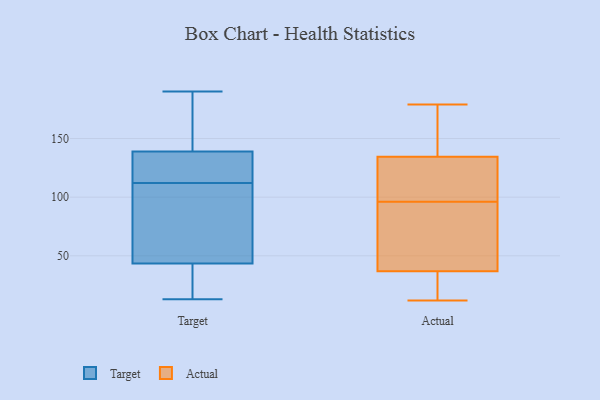
{"axis": {"x": "Website Visitors", "y": "Value"}, "legend": ["Actual", "Target"], "data": [{"x": "", "y": 43, "type": "Target"}, {"x": "", "y": 126, "type": "Target"}, {"x": "", "y": 13, "type": "Target"}, {"x": "", "y": 58, "type": "Target"}, {"x": "", "y": 42, "type": "Target"}, {"x": "", "y": 128, "type": "Target"}, {"x": "", "y": 88, "type": "Target"}, {"x": "", "y": 190, "type": "Target"}, {"x": "", "y": 112, "type": "Target"}, {"x": "", "y": 82, "type": "Target"}, {"x": "", "y": 132, "type": "Target"}, {"x": "", "y": 141, "type": "Target"}, {"x": "", "y": 190, "type": "Target"}, {"x": "", "y": 163, "type": "Target"}, {"x": "", "y": 168, "type": "Target"}, {"x": "", "y": 133, "type": "Target"}, {"x": "", "y": 45, "type": "Target"}, {"x": "", "y": 28, "type": "Target"}, {"x": "", "y": 25, "type": "Target"}, {"x": "", "y": 163, "type": "Actual"}, {"x": "", "y": 64, "type": "Actual"}, {"x": "", "y": 115, "type": "Actual"}, {"x": "", "y": 179, "type": "Actual"}, {"x": "", "y": 103, "type": "Actual"}, {"x": "", "y": 96, "type": "Actual"}, {"x": "", "y": 71, "type": "Actual"}, {"x": "", "y": 21, "type": "Actual"}, {"x": "", "y": 38, "type": "Actual"}, {"x": "", "y": 76, "type": "Actual"}, {"x": "", "y": 128, "type": "Actual"}, {"x": "", "y": 153, "type": "Actual"}, {"x": "", "y": 16, "type": "Actual"}, {"x": "", "y": 145, "type": "Actual"}, {"x": "", "y": 33, "type": "Actual"}, {"x": "", "y": 12, "type": "Actual"}, {"x": "", "y": 131, "type": "Actual"}]}